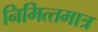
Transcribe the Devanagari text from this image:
निमित्‍तमात्र